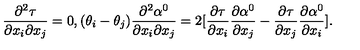
\frac { \partial ^ { 2 } \tau } { \partial x _ { i } \partial x _ { j } } = 0 , ( \theta _ { i } - \theta _ { j } ) \frac { \partial ^ { 2 } \alpha ^ { 0 } } { \partial x _ { i } \partial x _ { j } } = 2 [ \frac { \partial \tau } { \partial x _ { i } } \frac { \partial \alpha ^ { 0 } } { \partial x _ { j } } - \frac { \partial \tau } { \partial x _ { j } } \frac { \partial \alpha ^ { 0 } } { \partial x _ { i } } ] .